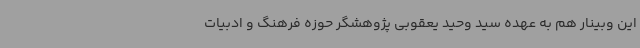
این وبینار هم به عهده سید وحید یعقوبی پژوهشگر حوزه فرهنگ و ادبیات